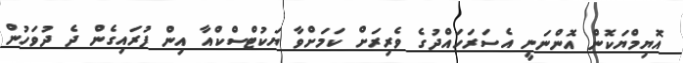
އޮޔިމްޔަކޮން އޮންނަނީ އެސަރަހައްދުގެ ވެރިރަށް ކަމަށްވާ ޔަކުޓްސްކްއާ އިން ފުރައިގެން ދެ ދުވަހުން